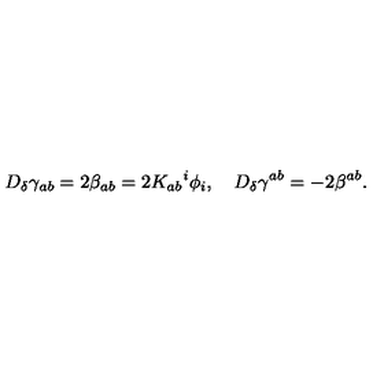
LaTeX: D _ { \delta } \gamma _ { a b } = 2 \beta _ { a b } = 2 K _ { a b } { ^ { i } } \phi _ { i } , \quad D _ { \delta } \gamma ^ { a b } = - 2 \beta ^ { a b } .